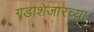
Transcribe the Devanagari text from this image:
गडाशेजारच्या